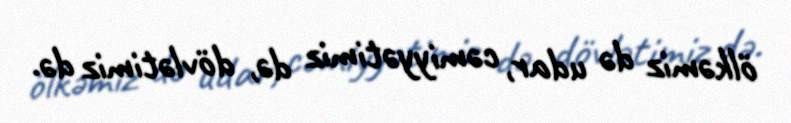
ölkəmiz də udar, cəmiyyətimiz də, dövlətimiz də.